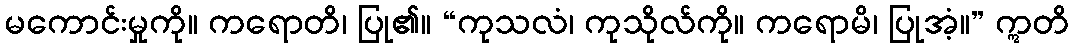
မကောင်းမှုကို။ ကရောတိ၊ ပြု၏။ “ကုသလံ၊ ကုသိုလ်ကို။ ကရောမိ၊ ပြုအံ့။” ဣတိ